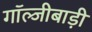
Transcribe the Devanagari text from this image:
गॉल्जीबाड़ी